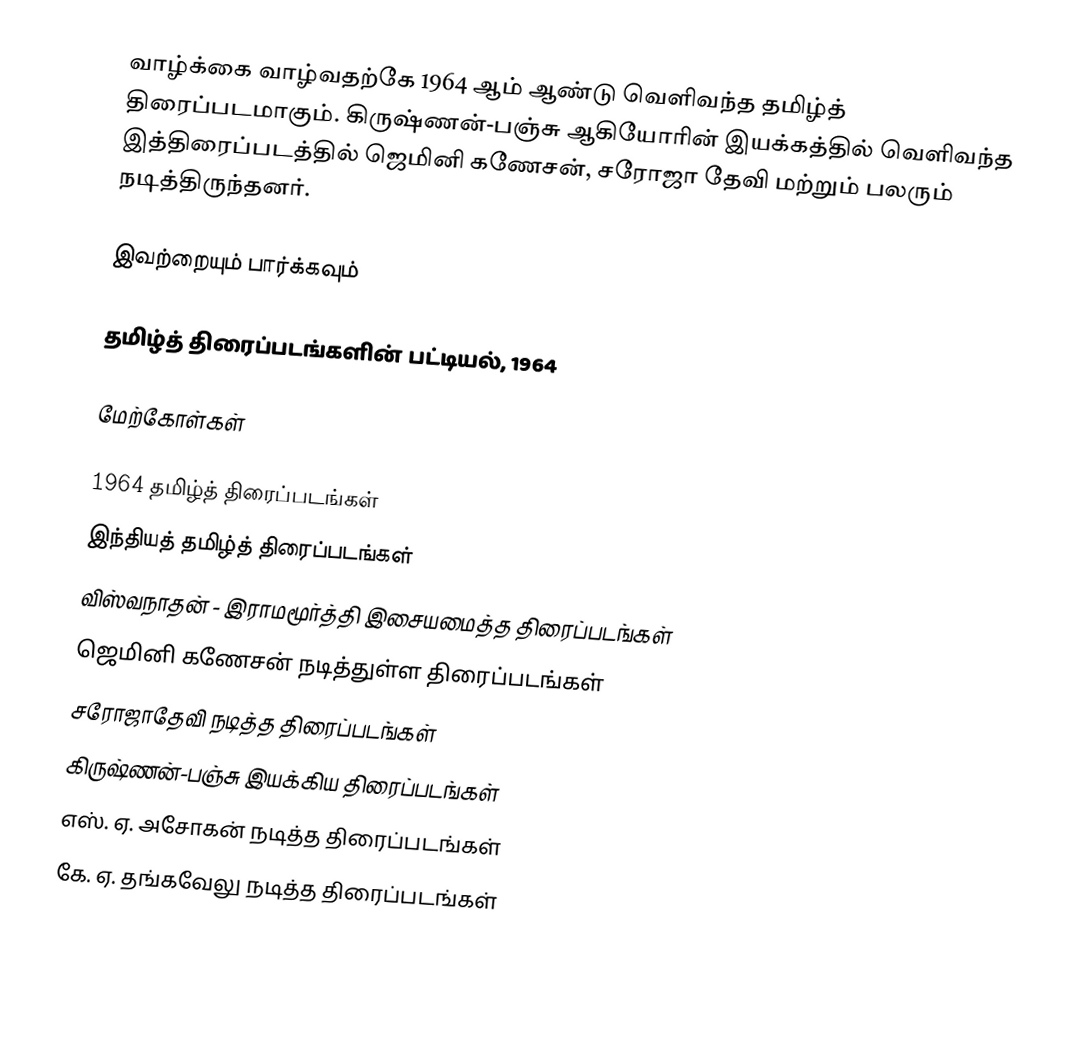
வாழ்க்கை வாழ்வதற்கே 1964 ஆம் ஆண்டு வெளிவந்த தமிழ்த் திரைப்படமாகும். கிருஷ்ணன்-பஞ்சு ஆகியோரின் இயக்கத்தில் வெளிவந்த இத்திரைப்படத்தில் ஜெமினி கணேசன், சரோஜா தேவி மற்றும் பலரும் நடித்திருந்தனர்.

இவற்றையும் பார்க்கவும்

 தமிழ்த் திரைப்படங்களின் பட்டியல், 1964

மேற்கோள்கள்

1964 தமிழ்த் திரைப்படங்கள்
இந்தியத் தமிழ்த் திரைப்படங்கள்
விஸ்வநாதன் - இராமமூர்த்தி இசையமைத்த திரைப்படங்கள்
ஜெமினி கணேசன் நடித்துள்ள திரைப்படங்கள்
சரோஜாதேவி நடித்த திரைப்படங்கள்
கிருஷ்ணன்-பஞ்சு இயக்கிய திரைப்படங்கள்
எஸ். ஏ. அசோகன் நடித்த திரைப்படங்கள்
கே. ஏ. தங்கவேலு நடித்த திரைப்படங்கள்